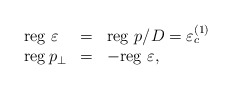
\begin{align*}\begin{array}{lll}{\rm reg}\,\,\varepsilon & = & {\rm reg}\,\,p/D=\varepsilon _{c}^{(1)} \\{\rm reg\,}p_{\perp } & = & -{\rm reg}\,\,\varepsilon ,\end{array}\end{align*}